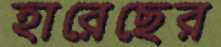
হারেছের